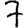
Digit: 7